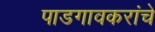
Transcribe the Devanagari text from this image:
पाडगावकरांचे